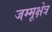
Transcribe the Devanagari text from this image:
जम्मूक्षेत्र